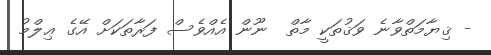
- ޤިޔާމަތްވާނެ ވަޤުތަކީ މާތް  ނޫން އެއްވެސް ފަރާތަކަށް އޭގެ ޢިލްމު